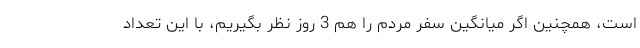
است، همچنین اگر میانگین سفر مردم را هم 3 روز نظر بگیریم، با این تعداد